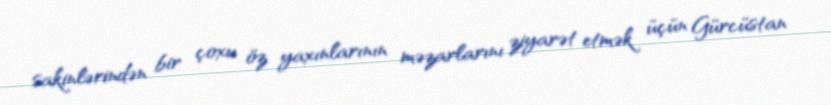
sakinlərindən bir çoxu öz yaxınlarının məzarlarını ziyarət etmək üçün Gürcüstan